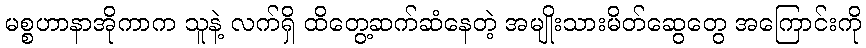
မစ္စဟာနာအိုကာက သူနဲ့ လက်ရှိ ထိတွေ့ဆက်ဆံနေတဲ့ အမျိုးသားမိတ်ဆွေတွေ အကြောင်းကို